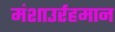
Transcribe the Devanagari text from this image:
मंशाउर्रहमान